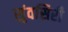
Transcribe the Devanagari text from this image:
सुंवसिरी